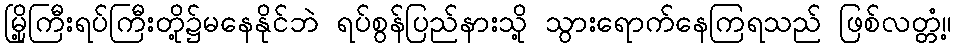
မြို့ကြီးရပ်ကြီးတို့၌မနေနိုင်ဘဲ ရပ်စွန်ပြည်နားသို့ သွားရောက်နေကြရသည် ဖြစ်လတ္တံ့။